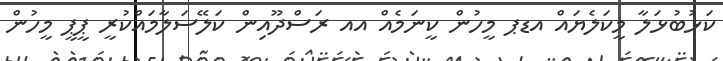
ކަޅުބުޅަލާ މީކަލެޔައް އޑޕ މީހުން ކީނަމެއް އއ ރަސްދޫއިން ކަލޭސަލާމައްކުރީ ޕީޕީ މީހުން